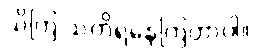
သိကြ သတိရနေကြတာပါ။